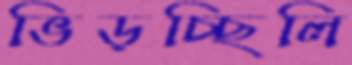
ভিড়চ্ছিলি